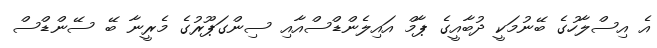
އެ އިސްލާހުގެ ބޭނުމަކީ ދުބާއީގެ ޕާމް އައިލެންޑްސްއާއި ސިންގަޕޫރުގެ މެރީނާ ބޭ ސޭންޑްސް